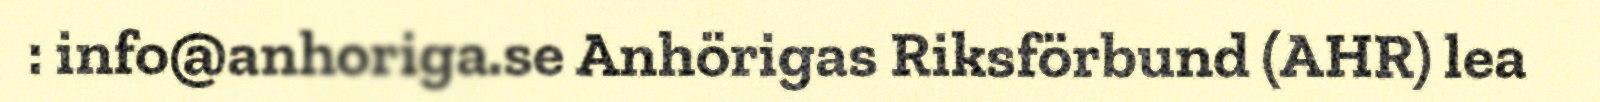
: info@anhoriga.se Anhörigas Riksförbund (AHR) lea